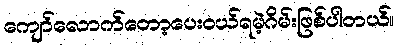
ကျော်လောက်တော့ပေးဝယ်ရမဲ့ဂိမ်းဖြစ်ပါတယ်။